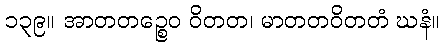
၁၃၉။ အာတတဉ္စေဝ ဝိတတ၊ မာတတဝိတတံ ဃနံ။